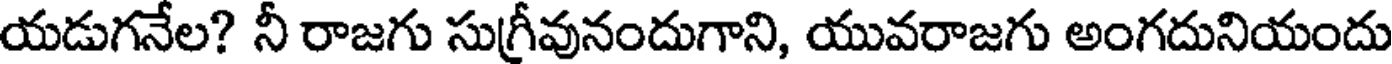
యడుగనేల? నీ రాజగు సుగ్రీవునందుగాని, యువరాజగు అంగదునియందు